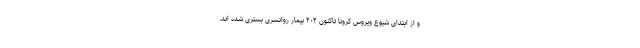
و از ابتدای شیوع ویروس کرونا تاکنون ۲۰۲ بیمار روانسری بستری شده اند.